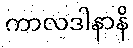
ကာလဒါနာနိ